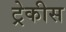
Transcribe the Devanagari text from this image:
ट्रेकीस